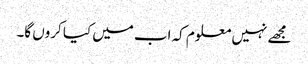
مجھے نہیں معلوم کہ اب میں کیا کروں گا۔